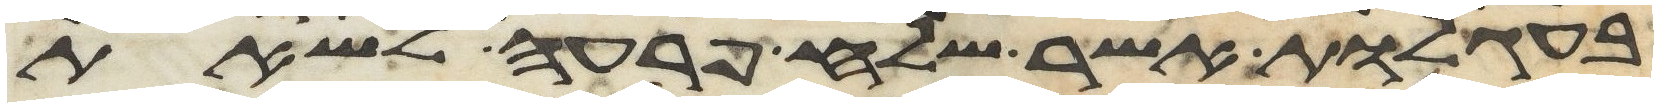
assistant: בעגלות אשר שלח פרעה לשאת